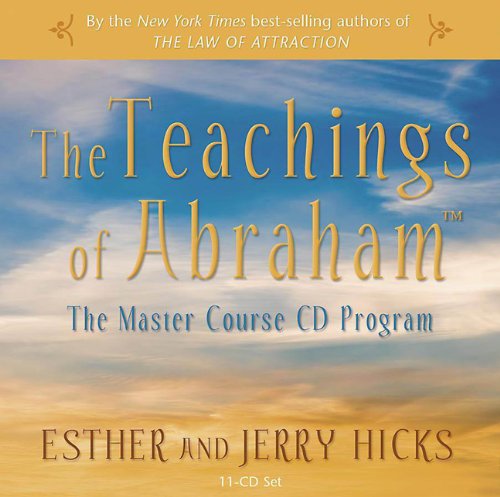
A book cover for The Teachings of Abraham: The Master Course CD Program, 11-CD set; Esther Hicks; Religion & Spirituality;